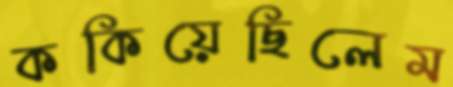
ককিয়েছিলেম